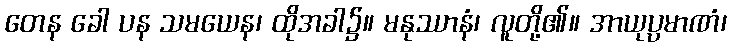
တေန ခေါ ပန သမယေန၊ ထိုအခါ၌။ မနုဿာနံ၊ လူတို့၏။ အာယုပ္ပမာဏံ၊